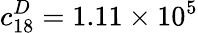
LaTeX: c_{18}^{D}=1.11\times 10^{5}